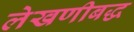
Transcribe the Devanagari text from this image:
लेखणीबद्ध